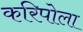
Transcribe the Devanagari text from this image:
करिपोला